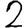
Digit: 2